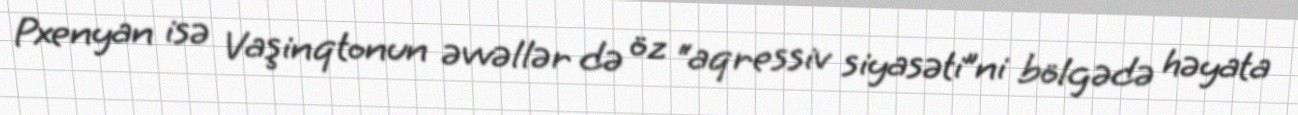
Pxenyan isə Vaşinqtonun əvvəllər də öz “aqressiv siyasəti”ni bölgədə həyata